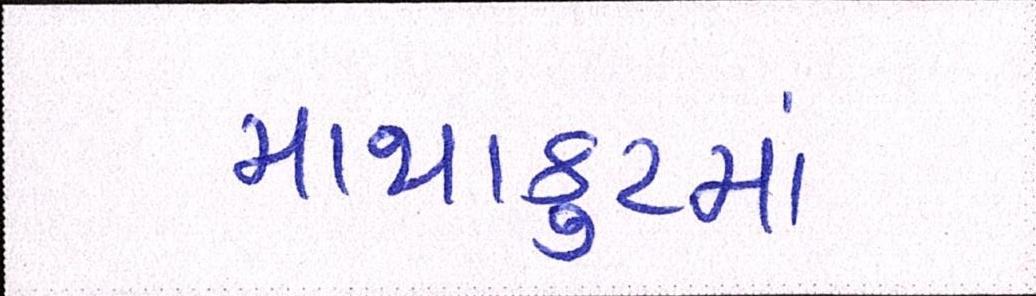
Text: માથાકુટમાં